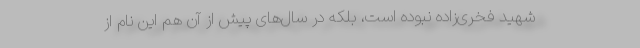
شهید فخری‌زاده نبوده است، بلکه در سال‌های پیش از آن هم این نام از